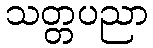
သတ္တပညာ